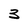
Character: 3